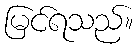
မြင်ရသည်။